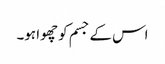
اس کے جسم کو چھوا ہو۔